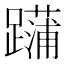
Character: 𨆶